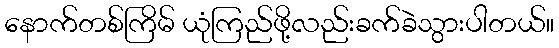
နောက်တစ်ကြိမ် ယုံကြည်ဖို့လည်းခက်ခဲသွားပါတယ်။